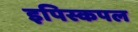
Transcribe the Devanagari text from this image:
इपिस्कपल